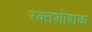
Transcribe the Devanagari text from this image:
रक्तशोशक